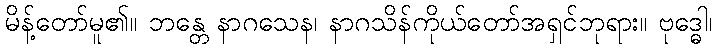
မိန့်တော်မူ၏။ ဘန္တေ နာဂသေန၊ နာဂသိန်ကိုယ်တော်အရှင်ဘုရား။ ဗုဒ္ဓေါ၊